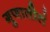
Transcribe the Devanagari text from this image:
गुणातीतं